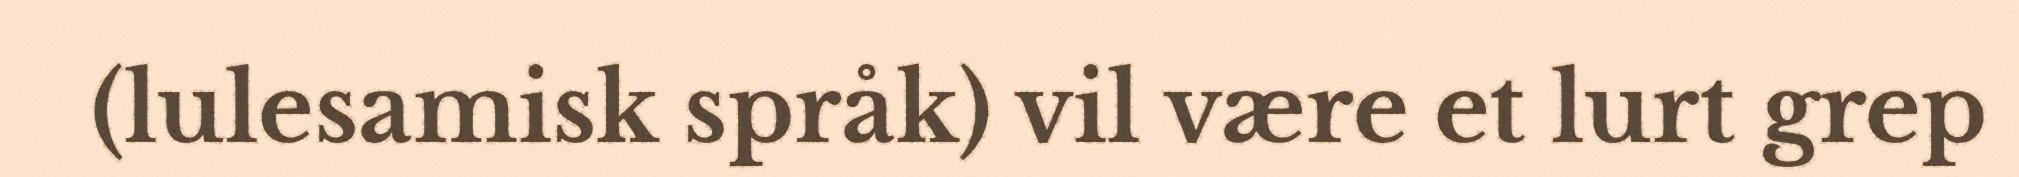
(lulesamisk språk) vil være et lurt grep